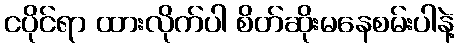
ငပိုင်ရာ ထားလိုက်ပါ စိတ်ဆိုးမနေစမ်းပါနဲ့